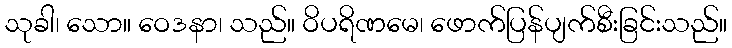
သုခါ၊ သော။ ဝေဒနာ၊ သည်။ ဝိပရိဏမေ၊ ဖောက်ပြန်ပျက်စီးခြင်းသည်။